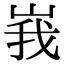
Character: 峩